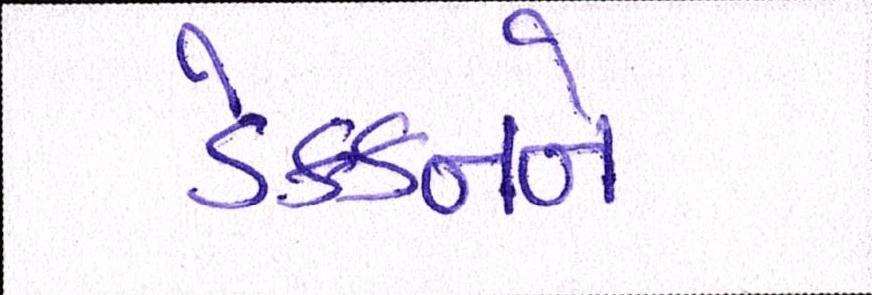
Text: ડેક્કનને